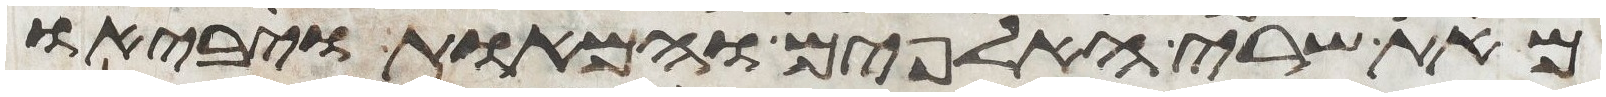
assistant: מאת שרי האלפים והמאות ויביאו